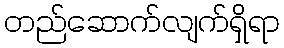
တည်ဆောက်လျက်ရှိရာ